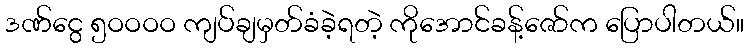
ဒဏ်ငွေ ၅ဝဝဝဝ ကျပ်ချမှတ်ခံခဲ့ရတဲ့ ကိုအောင်ခန့်ဇော်က ပြောပါတယ်။